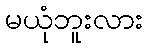
မယုံဘူးလား